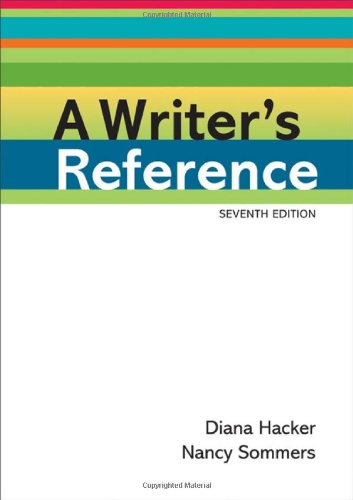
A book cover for A Writer's Reference; Diana Hacker; Reference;